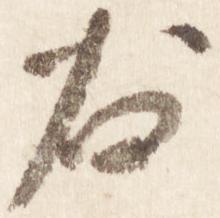
右